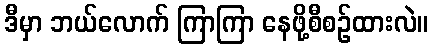
ဒီမှာ ဘယ်လောက် ကြာကြာ နေဖို့စီစဉ်ထားလဲ။